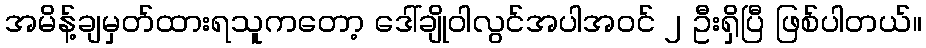
အမိန့်ချမှတ်ထားရသူကတော့ ဒေါ်ချိုဝါလွင်အပါအဝင် ၂ ဦးရှိပြီ ဖြစ်ပါတယ်။